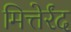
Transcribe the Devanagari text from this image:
मित्तेर्रंद